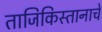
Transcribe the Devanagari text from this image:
ताजिकिस्तानाचे